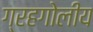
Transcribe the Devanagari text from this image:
ग्रहगोलीय